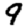
Digit: 9